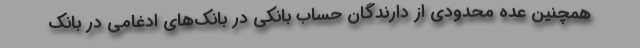
همچنین عده محدودی از دارندگان حساب بانکی در بانک‌های ادغامی در بانک